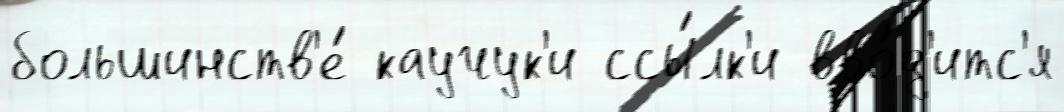
большинств'е́ каучук'и ссы́лк'и вво́д'итс'я